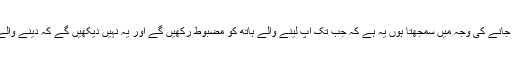
ہمارے ترقی نہ کرنے اور پیچھے رہ جانے کی وجہ میں سمجھتا ہوں یہ ہے کہ جب تک آپ لینے والے ہاتھ کو مضبوط رکھیں گے اور یہ نہیں دیکھیں گے کہ دینے والے ہاتھ میں اتنی سکت بھی ہے یا نہیں؟